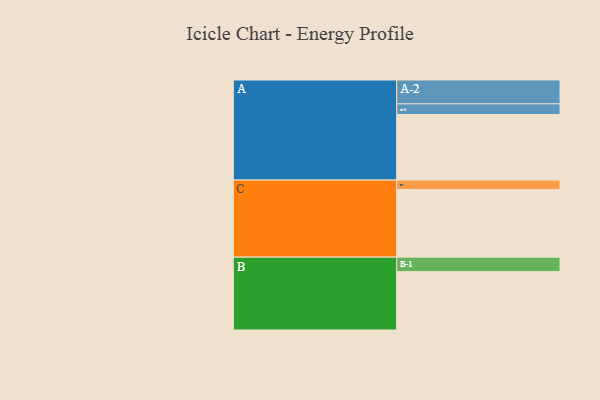
{"axis": {"x": "Segment", "y": "Value"}, "legend": ["", "A", "B", "C"], "data": [{"x": "A", "y": 547, "type": ""}, {"x": "B", "y": 487, "type": ""}, {"x": "C", "y": 564, "type": ""}, {"x": "A-1", "y": 89, "type": "A"}, {"x": "A-2", "y": 199, "type": "A"}, {"x": "B-1", "y": 121, "type": "B"}, {"x": "C-1", "y": 79, "type": "C"}]}